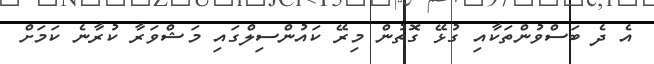
އެ ދެ ބަސްވުންތަކާއި ގުޅޭ ގޮތުން މިރޭ ކައުންސިލްގައި މަޝްވަރާ ކުރާނެ ކަމަށް